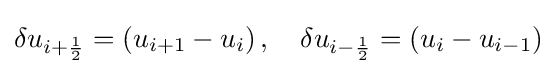
\delta u_{i+{\frac {1}{2}}}=\left(u_{i+1}-u_{i}\right),\quad \delta u_{i-{\frac {1}{2}}}=\left(u_{i}-u_{i-1}\right)